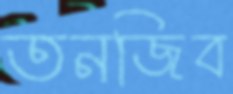
তনজিব